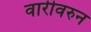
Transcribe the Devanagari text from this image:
वारीवरुन